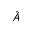
\tilde { A }